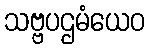
သဗ္ဗပဌမံယေဝ